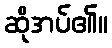
ဆိုအပ်၏။